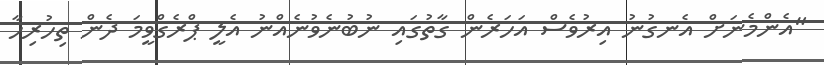
"އެންމެނަށް އެނގުނު އިރުވެސް އަހަރެން ގާތުގައި ނުބުނެވުނެއްނު އެލީ ޕްރެގްވީމަ ދެން ތިހުރިހާ